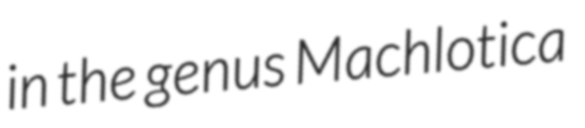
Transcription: in the genus Machlotica